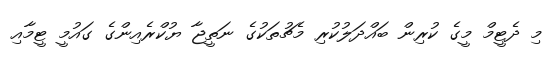
މި ދެޓީމް މީގެ ކުރިން ބައްދަލުކުރި މެޗުތަކުގެ ނަތީޖާ ޔުކްރެއިންގެ ގައުމީ ޓީމާއި